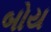
બોય